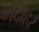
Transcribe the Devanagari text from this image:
मेदोहर